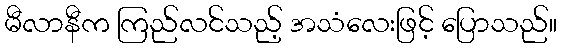
မီလာနီက ကြည်လင်သည့် အသံလေးဖြင့် ပြောသည်။